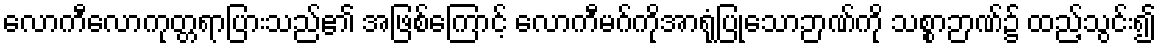
လောကီလောကုတ္တရာပြားသည်၏ အဖြစ်ကြောင့် လောကီမဂ်ကိုအာရုံပြုသောဉာဏ်ကို သစ္စာဉာဏ်၌ ထည့်သွင်း၍